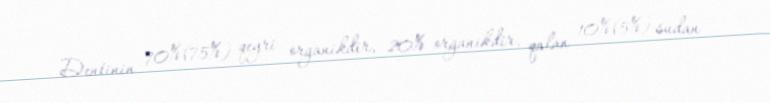
Dentinin 70%(75%) qeyri organikdir, 20% organikdir, qalan 10%(5%) sudan